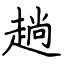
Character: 趟